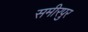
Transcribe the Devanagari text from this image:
समीरपुर